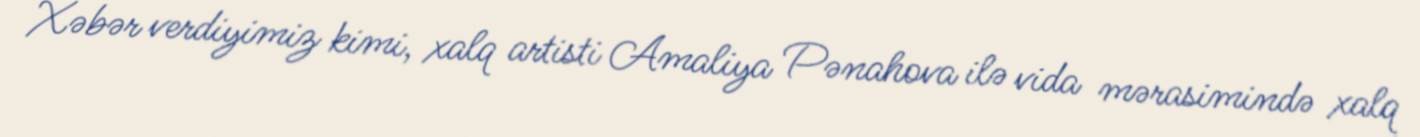
Xəbər verdiyimiz kimi, xalq artisti Amaliya Pənahova ilə vida mərasimində xalq